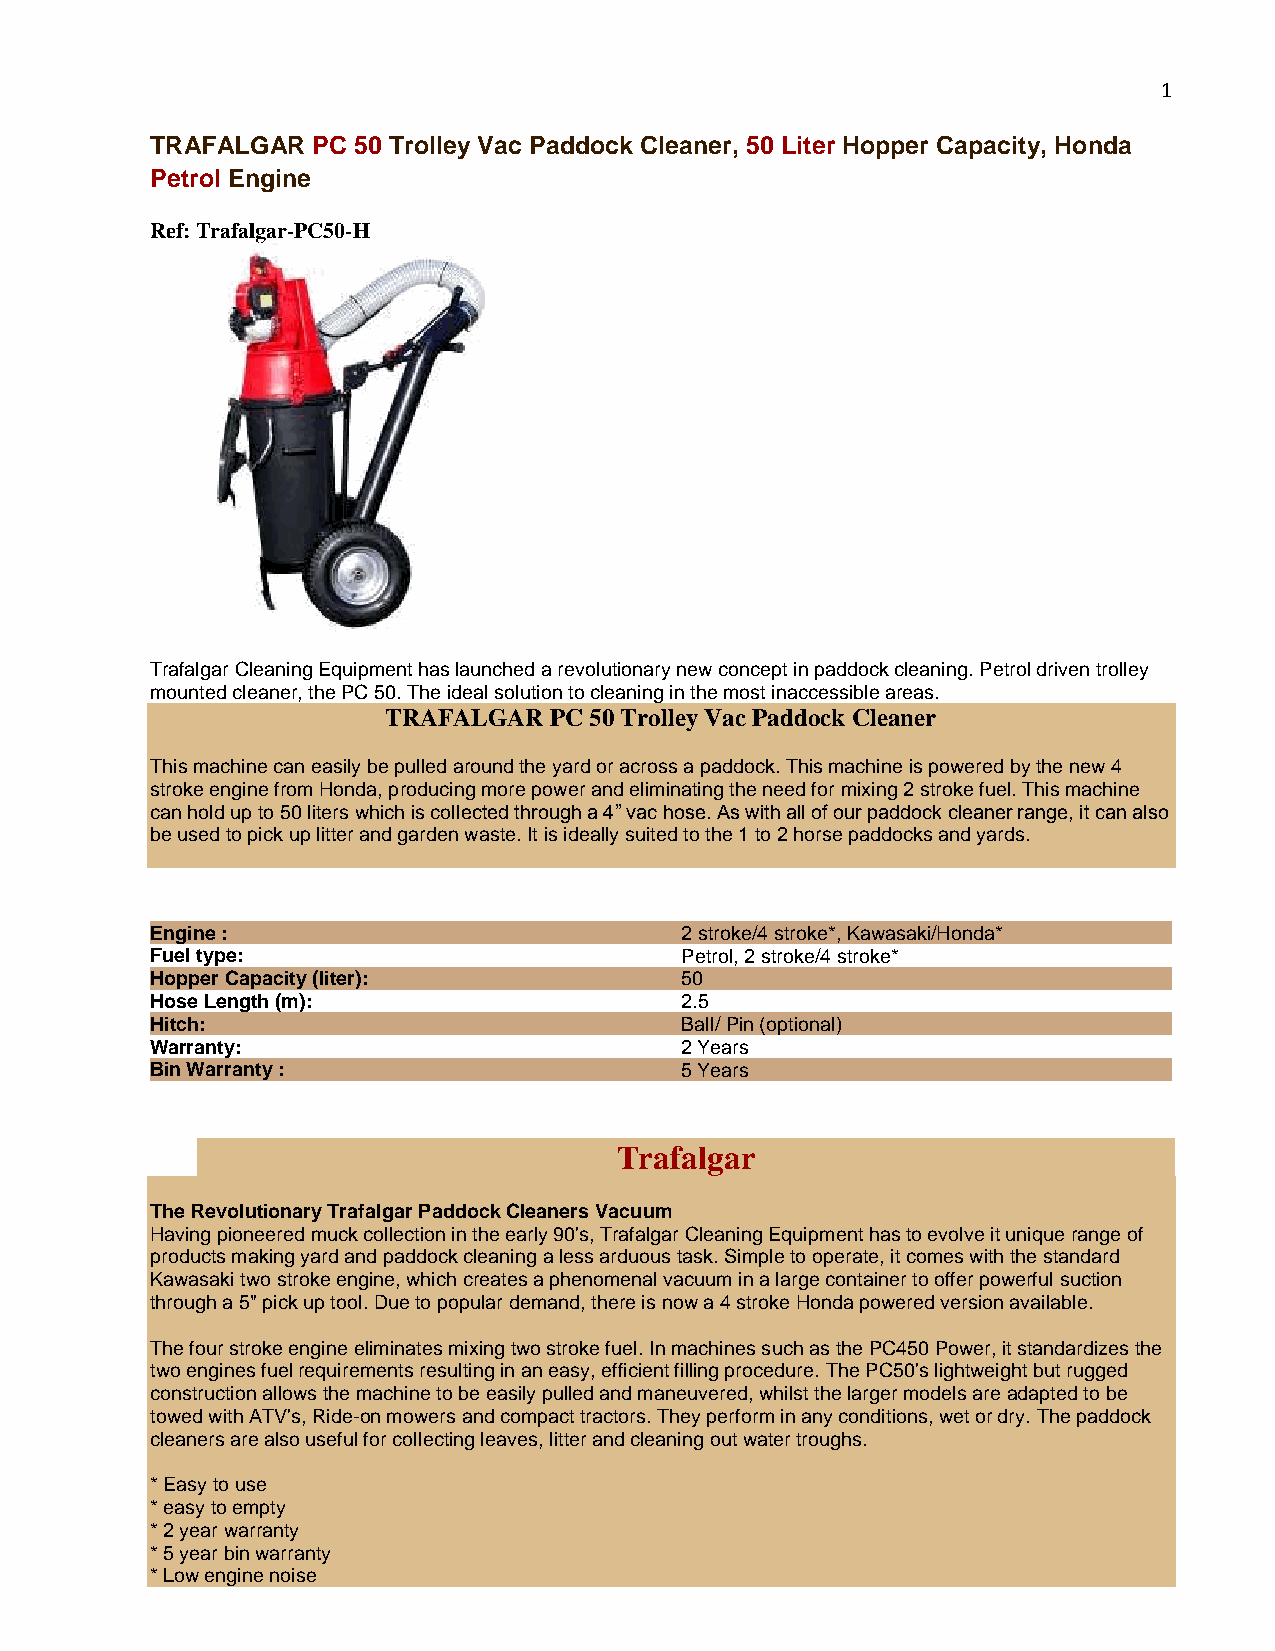
1
 TRAFALGAR  PC 50 Trolley Vac Paddock Cleaner, 50 Liter Hopper Capacity, Honda
 Petrol Engine
 Ref: Trafalgar-PC50-H
 Trafalgar Cleaning Equipment has launched a revolutionary new concept in paddock cleaning. Petrol driven trolley
 mounted cleaner, the PC 50. The ideal solution to cleaning in the most inaccessible areas.
 TRAFALGAR PC 50 Trolley Vac Paddock Cleaner
 This machine can easily be pulled around the yard or across a paddock. This machine is powered by the new 4
 stroke engine from Honda, producing more power and eliminating the need for mixing 2 stroke fuel. This machine
 can hold up to 50 liters which is collected through a 4” vac hose. As with all of our paddock cleaner range, it can also
 be used to pick up litter and garden waste. It is ideally suited to the 1 to 2 horse paddocks and yards.
 Engine :                           2 stroke/4 stroke*, Kawasaki/Honda*
 Fuel type:                         Petrol, 2 stroke/4 stroke*
 Hopper Capacity (liter):           50
 Hose Length (m):                   2.5
 Hitch:                             Ball/ Pin (optional)
 Warranty:                          2 Years
 Bin Warranty :                     5 Years
 Trafalgar
 The Revolutionary Trafalgar Paddock Cleaners Vacuum
 Having pioneered muck collection in the early 90's, Trafalgar Cleaning Equipment has to evolve it unique range of
 products making yard and paddock cleaning a less arduous task. Simple to operate, it comes with the standard
 Kawasaki two stroke engine, which creates a phenomenal vacuum in a large container to offer powerful suction
 through a 5" pick up tool. Due to popular demand, there is now a 4 stroke Honda powered version available.
 The four stroke engine eliminates mixing two stroke fuel. In machines such as the PC450 Power, it standardizes the
 two engines fuel requirements resulting in an easy, efficient filling procedure. The PC50's lightweight but rugged
 construction allows the machine to be easily pulled and maneuvered, whilst the larger models are adapted to be
 towed with ATV's, Ride-on mowers and compact tractors. They perform in any conditions, wet or dry. The paddock
 cleaners are also useful for collecting leaves, litter and cleaning out water troughs.
 * Easy to use
 * easy to empty
 * 2 year warranty
 * 5 year bin warranty
 * Low engine noise